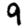
Digit: 9